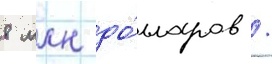
8 млн до́лларов /